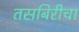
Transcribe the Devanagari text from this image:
तसबिरीचा